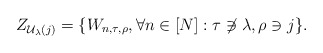
\begin{align*} Z_{\mathcal{U}_{\lambda}(j)} = \{ W_{n,\tau,\rho}, \forall n \in [N]: \tau \not\ni \lambda , \rho \ni j \}. \end{align*}